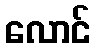
လောင်